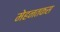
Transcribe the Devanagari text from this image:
मेहनतकस